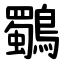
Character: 鸀